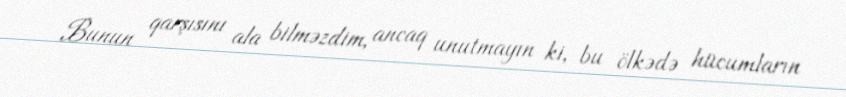
Bunun qarşısını ala bilməzdim, ancaq unutmayın ki, bu ölkədə hücumların